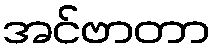
အင်ဗာတာ